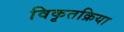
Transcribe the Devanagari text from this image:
विकृतक्रिया